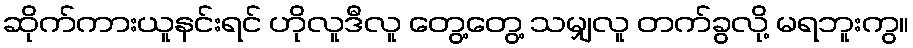
ဆိုက်ကားယူနင်းရင် ဟိုလူဒီလူ တွေ့တွေ့ သမျှလူ တက်ခွလို့ မရဘူးကွ။